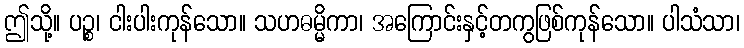
ဤသို့။ ပဉ္စ၊ ငါးပါးကုန်သော။ သဟဓမ္မိကာ၊ အကြောင်းနှင့်တကွဖြစ်ကုန်သော။ ပါသံသာ၊